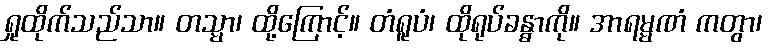
ရှုထိုက်သည်သာ။ တသ္မာ၊ ထို့ကြောင့်။ တံရူပံ၊ ထိုရုပ်ခန္ဓာကို။ အာရမ္မဏံ ကတွာ၊